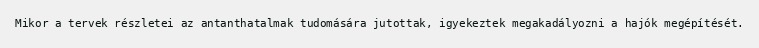
Mikor a tervek részletei az antanthatalmak tudomására jutottak, igyekeztek megakadályozni a hajók megépítését.